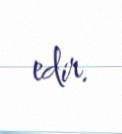
edir.